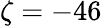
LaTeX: \zeta=-46